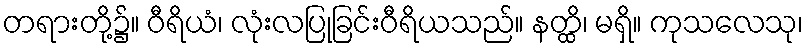
တရားတို့၌။ ဝီရိယံ၊ လုံးလပြုခြင်းဝီရိယသည်။ နတ္ထိ၊ မရှိ။ ကုသလေသု၊